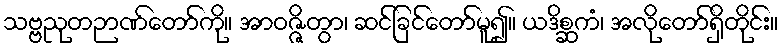
သဗ္ဗညုတဉာဏ်တော်ကို။ အာဝဇ္ဇိတွာ၊ ဆင်ခြင်တော်မူ၍။ ယဒိစ္ဆကံ၊ အလိုတော်ရှိတိုင်း။